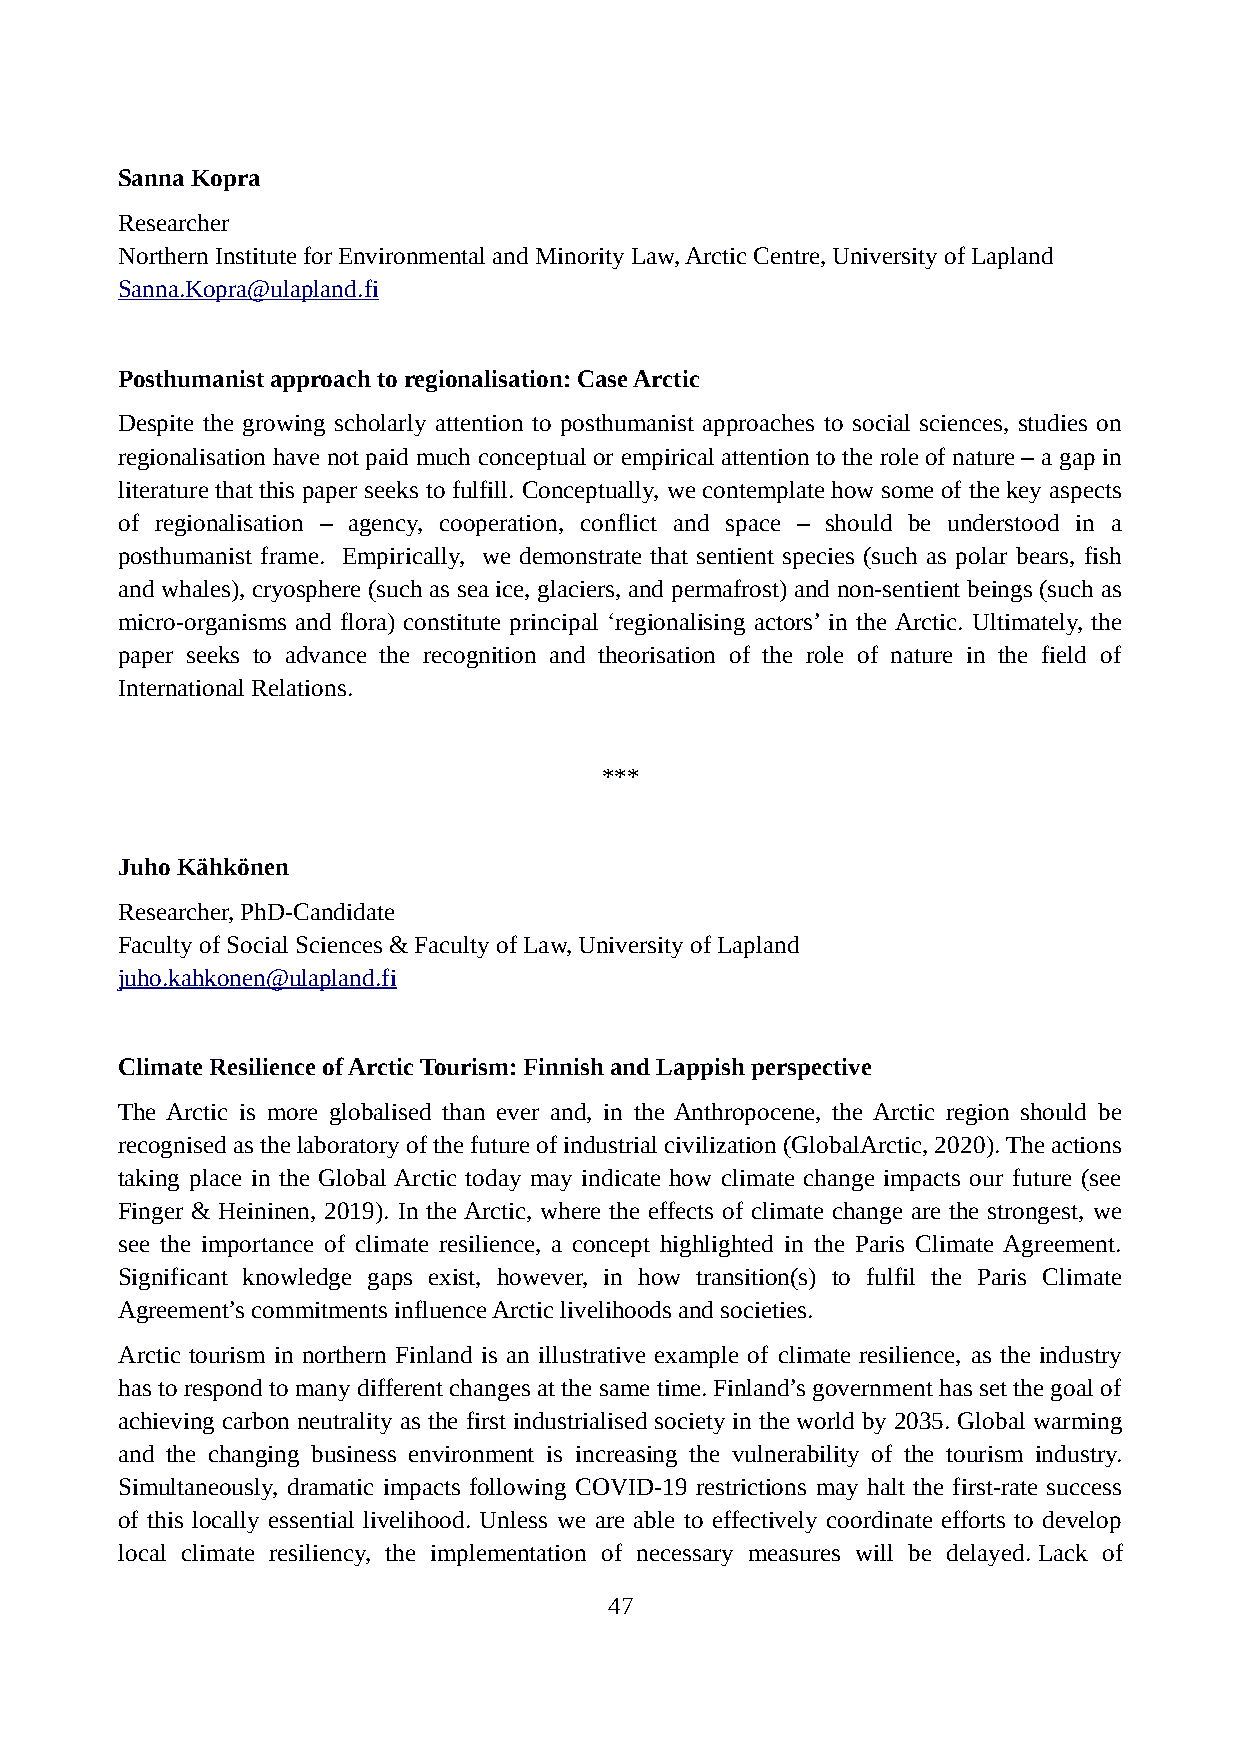
Sanna Kopra
 Researcher
 Northern Institute for Environmental and Minority Law, Arctic Centre, University of Lapland
 Sanna.Kopra@ulapland.fi
 Posthumanist approach to regionalisation: Case Arctic
 Despite the growing scholarly attention to posthumanist approaches to social sciences, studies on
 regionalisation have not paid much conceptual or empirical attention to the role of nature – a gap in
 literature that this paper seeks to fulfill. Conceptually, we contemplate how some of the key aspects
 of regionalisation – agency, cooperation, conflict and space – should be understood in a
 posthumanist frame. Empirically, we demonstrate that sentient species (such as polar bears, fish
 and whales), cryosphere (such as sea ice, glaciers, and permafrost) and non-sentient beings (such as
 micro-organisms and flora) constitute principal ‘regionalising actors’ in the Arctic. Ultimately, the
 paper seeks to advance the recognition and theorisation of the role of nature in the field of
 International Relations.
 ***
 Juho Kähkönen
 Researcher, PhD-Candidate
 Faculty of Social Sciences & Faculty of Law, University of Lapland
 juho.kahkonen@ulapland.fi
 Climate Resilience of Arctic Tourism: Finnish and Lappish perspective
 The Arctic is more globalised than ever and, in the Anthropocene, the Arctic region should be
 recognised as the laboratory of the future of industrial civilization (GlobalArctic, 2020). The actions
 taking place in the Global Arctic today may indicate how climate change impacts our future (see
 Finger & Heininen, 2019). In the Arctic, where the effects of climate change are the strongest, we
 see the importance of climate resilience, a concept highlighted in the Paris Climate Agreement.
 Significant knowledge gaps exist, however, in how transition(s) to fulfil the Paris Climate
 Agreement’s commitments influence Arctic livelihoods and societies.
 Arctic tourism in northern Finland is an illustrative example of climate resilience, as the industry
 has to respond to many different changes at the same time. Finland’s government has set the goal of
 achieving carbon neutrality as the first industrialised society in the world by 2035. Global warming
 and the changing business environment is increasing the vulnerability of the tourism industry.
 Simultaneously, dramatic impacts following COVID-19 restrictions may halt the first-rate success
 of this locally essential livelihood. Unless we are able to effectively coordinate efforts to develop
 local climate resiliency, the implementation of necessary measures will be delayed. Lack of
 47